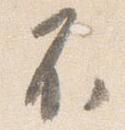
不